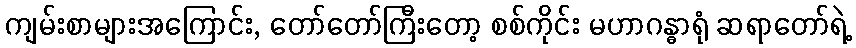
ကျမ်းစာများအကြောင်း, တော်တော်ကြီးတော့ စစ်ကိုင်း မဟာဂန္ဓာရုံ ဆရာတော်ရဲ့